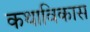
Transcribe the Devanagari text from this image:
कथाविकास